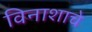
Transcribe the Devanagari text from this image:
विनाशाचे